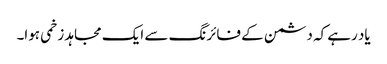
یاد رہے کہ دشمن کے فائرنگ سے ایک مجاہد زخمی ہوا۔